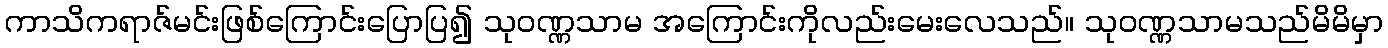
ကာသိကရာဇ်မင်းဖြစ်ကြောင်းပြောပြ၍ သုဝဏ္ဏသာမ အကြောင်းကိုလည်းမေးလေသည်။ သုဝဏ္ဏသာမသည်မိမိမှာ